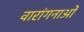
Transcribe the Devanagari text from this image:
वारांगनाओं